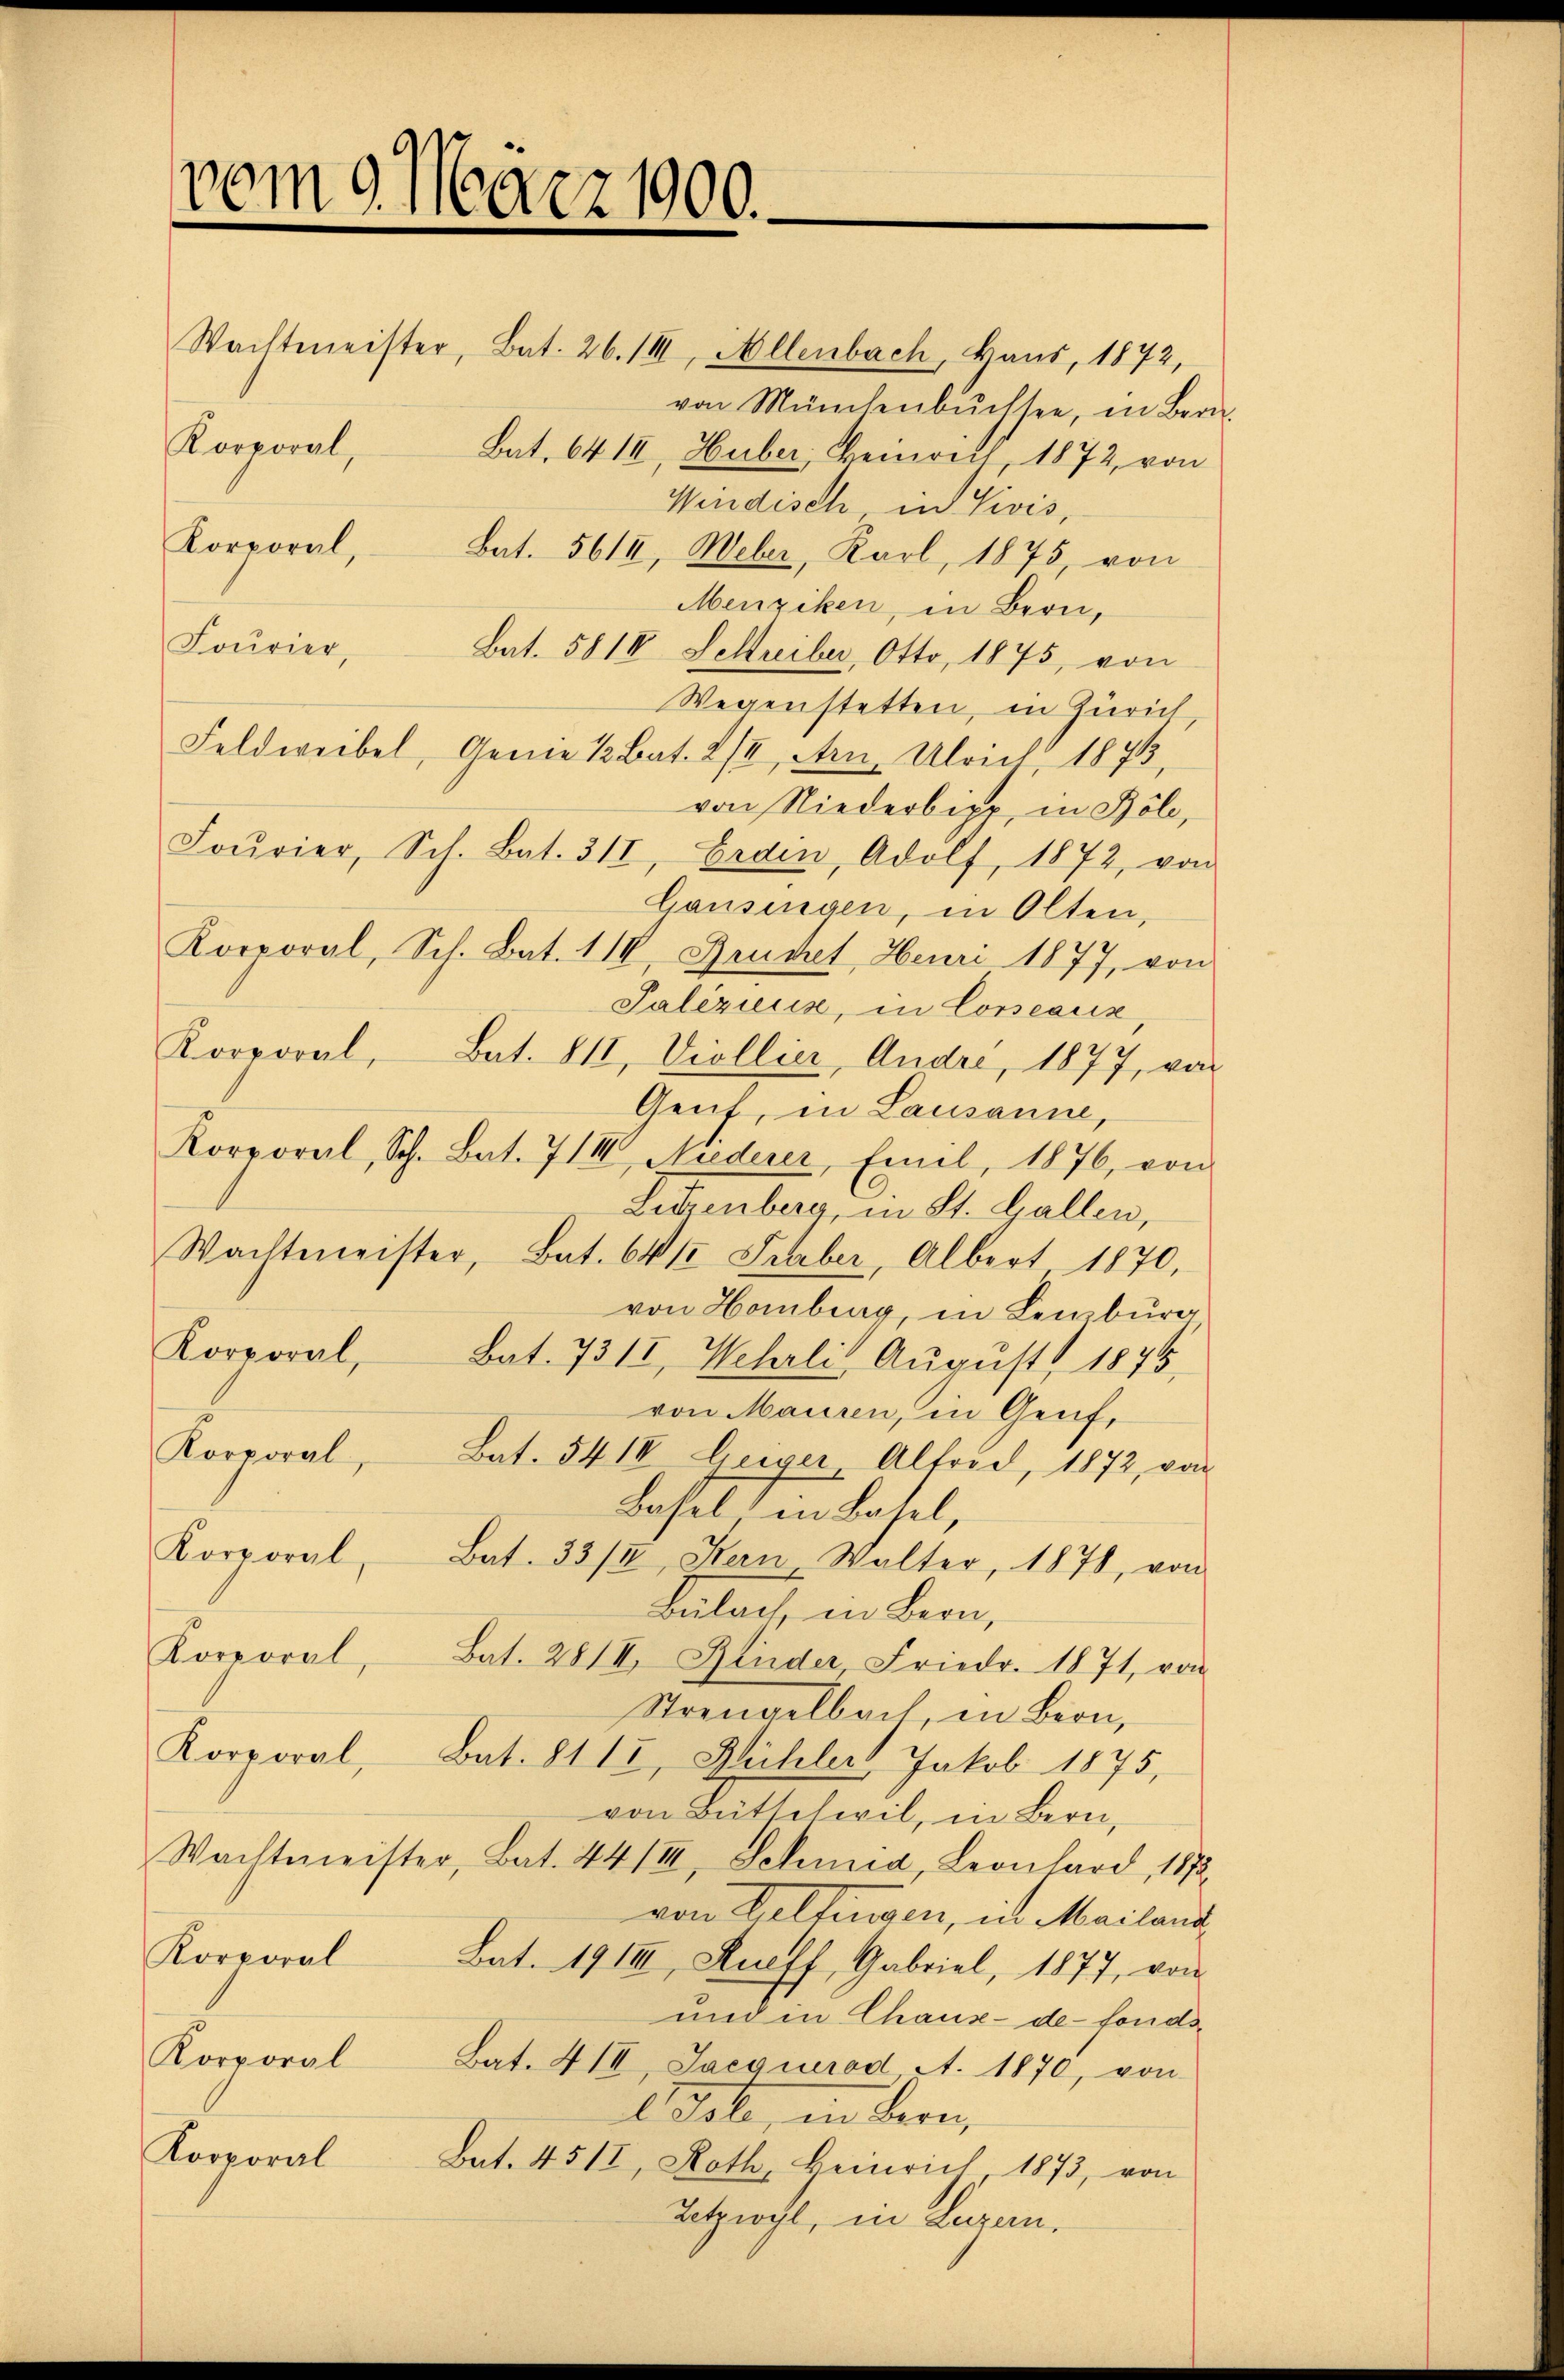
vom 9. März 1900.
Wachtmeister, Bat. 26. III, Allenbach, kans, 1872,
Korporal, Bat. 64 II, Huber, Heinrich, 1872, von
Korporal, Bat. 561, Weber, Karl, 1875, von

Windisch, in Livis,
Menziken, in Bern,
Fourier, Bat. 581I Schreiber, Otto, 1875, von
Wegenstetten, in Zürich
Feldweibel, Genie 12 Bat. XIII, Arn. Ulrich, 1873,
von Niederbier, in Böl,
Fourier, Sch. Bat. 311, Erden, Adolf, 1872, von
Gausingen, in Olten,
Korporal, Sch. Bat. 114, Bruchet, Heuri 1877, von
Paliziers, in Corseacis
Korporal, Bat. 811, Viollier, Andre, 1877, von
Genf, in Lausanne,
Korporal, Sch. Bat. 711, Niederer, Emel, 1876, von
Letzenberg, in St. Gallen,
Wachtmeister, Bat. 641 Graber, Albert 1870,
von Homburg, in Lemburg
Korporal, Bat. 731, Wehrli Aŭgŭst 1875,
von Mauren, in Genf,
Korporal, Bat. 54 II Geiger Altoid, 1872, von
Basel in Basel,
Korporal, Bat. 33/I, Kern Walter, 1878, von
Bulach, in Bern,
Korporal, Bat. 28/II. Glüder, Friedr. 1871, von
Strengelbach, in Bern,
Korporal, Bat. 8112, Mühler Jakob 1875,
von Butt Civil, in Bern,
Wachtmeister, Bat. 44/III, Schmid, Leonhard, 1873
von Weltingen, in Mailand,
Korporal Bat. 191III, Quell, Gabriel, 1877, von
und in Chaus- de fonde
Korporal Bat. 41, Jacquerad A. 1870, von
Esste, in Bern,
Korporal
Bat. 4511, Roth, Heinrich 1873, von
Letzwyl, in Luzern,

von Münchenbüchsee, in Bran.